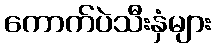
ကောက်ပဲသီးနှံများ